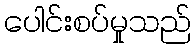
ပေါင်းစပ်မှုသည်